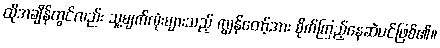
ထိုအချိန်တွင်လည်း သူ့မျက်လုံးများသည့် ကျွန်တော့်အား စိုက်ကြည့်နေဆဲပင်ဖြစ်၏။